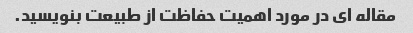
مقاله ای در مورد اهمیت حفاظت از طبیعت بنویسید.